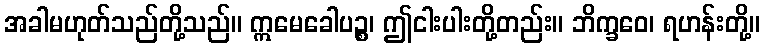
အခါမဟုတ်သည်တို့သည်။ ဣမေခေါပဉ္စ၊ ဤငါးပါးတို့တည်း။ ဘိက္ခဝေ၊ ရဟန်းတို့။